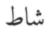
شاط